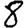
Digit: 8